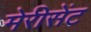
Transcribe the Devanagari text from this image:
मेरीसेंट